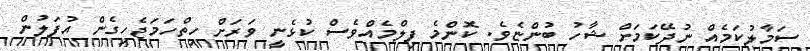
ސަމާލުކަމެއް ނުދޭކަމަށް ޝާހު ބުންޏެވެ. ކޮންމެ ފިލްމެއްވެސް ކުޅެނީ ވަރަށް ހިތްހަމަޖެހިގެން އުފަލުން